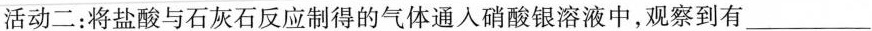
活动二：将盐酸与石灰石反应制得的气体通人硝酸银溶液中，观察到有___